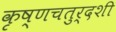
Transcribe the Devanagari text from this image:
कृष्णचतुर्दशी